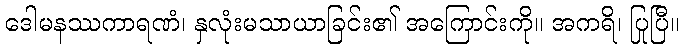
ဒေါမနဿကာရဏံ၊ နှလုံးမသာယာခြင်း၏ အကြောင်းကို။ အကရိ၊ ပြုပြီ။